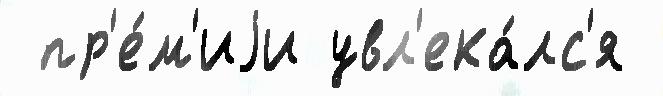
 пр'е́м'иjи увл'ека́лс'я